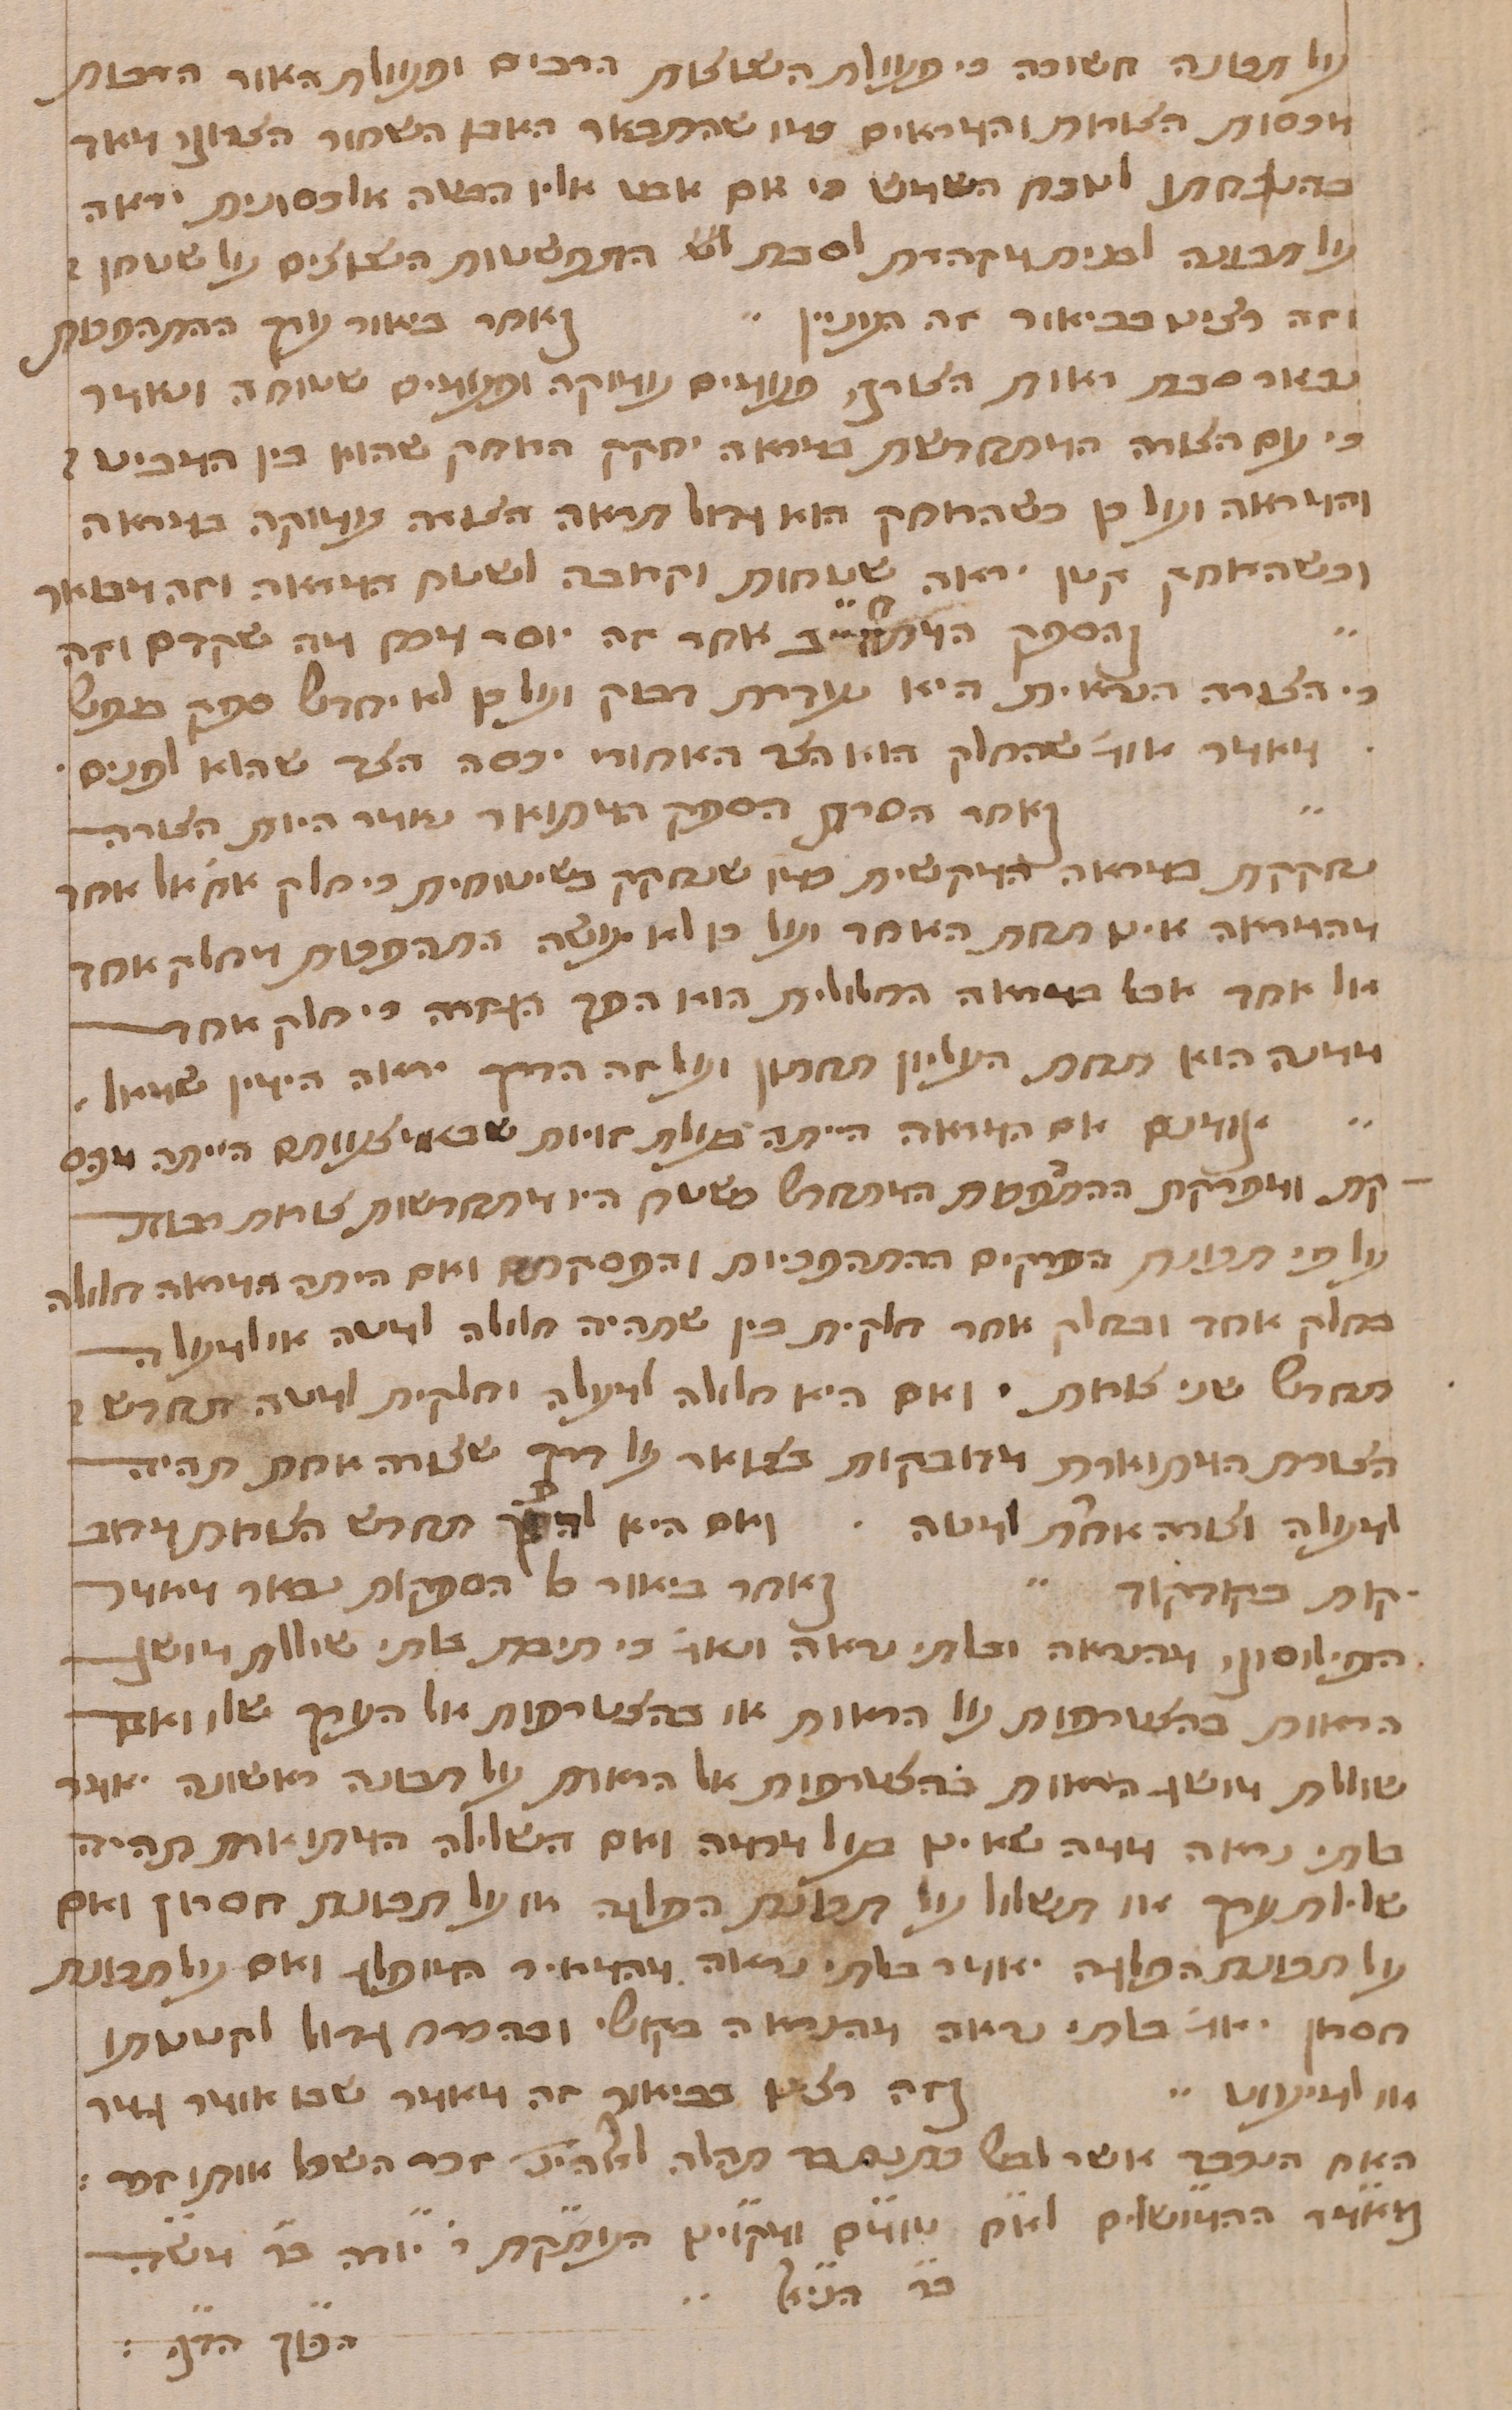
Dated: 1400–1499